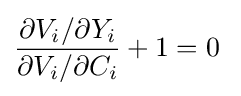
{\frac {\partial V_{i}/\partial Y_{i}}{\partial V_{i}/\partial C_{i}}}+1=0\;